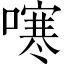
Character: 𭊻